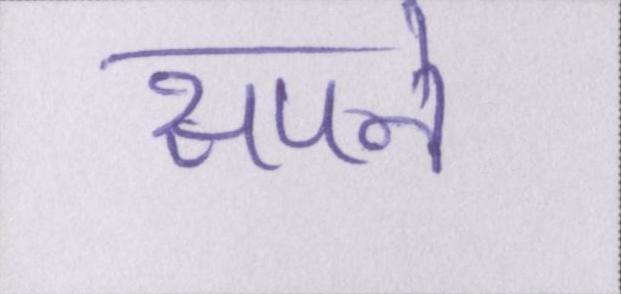
सपने